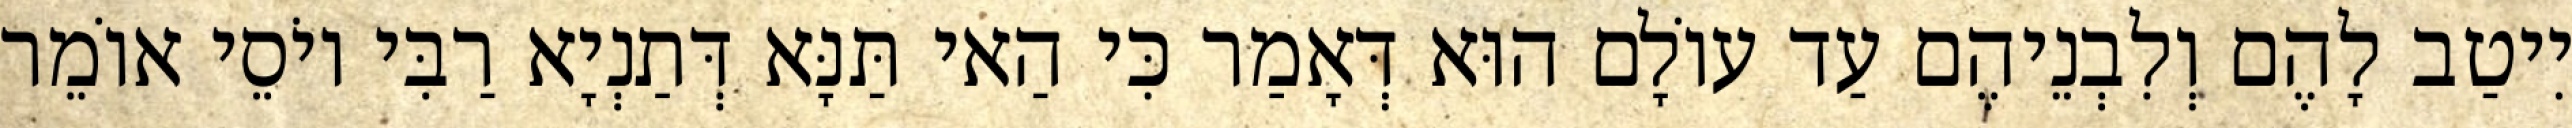
יִיטַב לָהֶם וְלִבְנֵיהֶם עַד עוֹלָם הוּא דְּאָמַר כִּי הַאי תַּנָּא דְּתַנְיָא רַבִּי יוֹסֵי אוֹמֵר